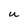
Character: U